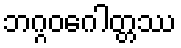
ဘဂ္ဂဝဂေါတ္တဿ